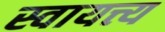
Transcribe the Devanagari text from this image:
स्वायत्त्य